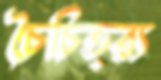
চৈচিত্র্য